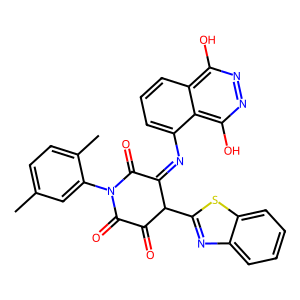
SMILES: Cc1ccc(C)c(N2C(=O)C(=O)C(c3nc4ccccc4s3)C(=Nc3cccc4c(O)nnc(O)c34)C2=O)c1
Inhibits HIV replication: No